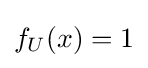
f_{U}(x)=1